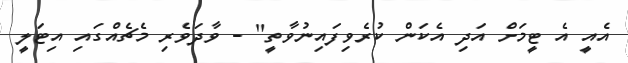
އެއީ އެ ޓީމަށް އަދި އެކަން ކުރެވިފައިނުވާތީ" - ވާދަވެރި މެޗެއްގައި އިޓަލީ